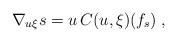
LaTeX: \begin{align*} \nabla_{u\xi}s=u\,C(u,\xi)(f_s)\;, \end{align*}